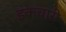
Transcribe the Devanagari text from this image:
इकचारी